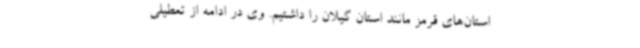
استان‌های قرمز مانند استان گیلان را داشتیم. وی در ادامه از تعطیلی